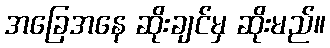
အခြေအနေ ဆိုးချင်မှ ဆိုးမည်။